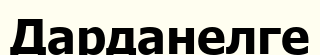
Дарданелге